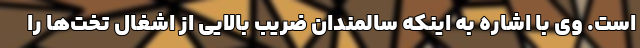
است. وی با اشاره به اینکه سالمندان ضریب بالایی از اشغال تخت‌ها را